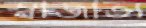
স্বাজাত্য